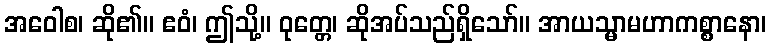
အဝေါစ၊ ဆို၏။ ဧဝံ၊ ဤသို့။ ဝုတ္တေ၊ ဆိုအပ်သည်ရှိသော်။ အာယသ္မာမဟာကစ္စာနော၊